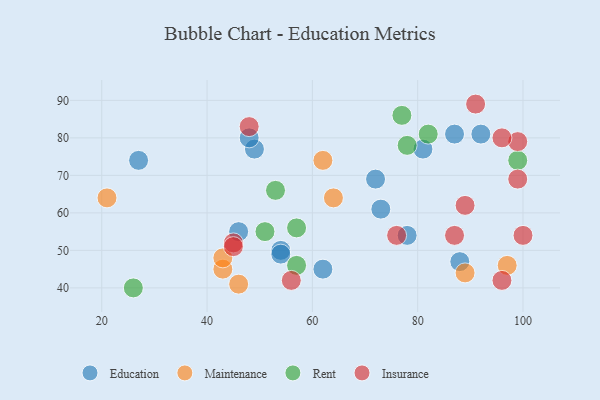
{"axis": {"x": "GDP", "y": "Life Expectancy"}, "legend": ["Education", "Insurance", "Maintenance", "Rent"], "data": [{"x": "72", "y": 69, "type": "Education"}, {"x": "88", "y": 47, "type": "Education"}, {"x": "54", "y": 50, "type": "Education"}, {"x": "27", "y": 74, "type": "Education"}, {"x": "62", "y": 45, "type": "Education"}, {"x": "78", "y": 54, "type": "Education"}, {"x": "87", "y": 81, "type": "Education"}, {"x": "73", "y": 61, "type": "Education"}, {"x": "92", "y": 81, "type": "Education"}, {"x": "49", "y": 77, "type": "Education"}, {"x": "48", "y": 80, "type": "Education"}, {"x": "81", "y": 77, "type": "Education"}, {"x": "46", "y": 55, "type": "Education"}, {"x": "54", "y": 49, "type": "Education"}, {"x": "62", "y": 74, "type": "Maintenance"}, {"x": "64", "y": 64, "type": "Maintenance"}, {"x": "43", "y": 45, "type": "Maintenance"}, {"x": "97", "y": 46, "type": "Maintenance"}, {"x": "43", "y": 48, "type": "Maintenance"}, {"x": "89", "y": 44, "type": "Maintenance"}, {"x": "21", "y": 64, "type": "Maintenance"}, {"x": "46", "y": 41, "type": "Maintenance"}, {"x": "78", "y": 78, "type": "Rent"}, {"x": "53", "y": 66, "type": "Rent"}, {"x": "26", "y": 40, "type": "Rent"}, {"x": "82", "y": 81, "type": "Rent"}, {"x": "51", "y": 55, "type": "Rent"}, {"x": "99", "y": 74, "type": "Rent"}, {"x": "57", "y": 46, "type": "Rent"}, {"x": "57", "y": 56, "type": "Rent"}, {"x": "77", "y": 86, "type": "Rent"}, {"x": "45", "y": 52, "type": "Insurance"}, {"x": "96", "y": 42, "type": "Insurance"}, {"x": "48", "y": 83, "type": "Insurance"}, {"x": "99", "y": 69, "type": "Insurance"}, {"x": "99", "y": 79, "type": "Insurance"}, {"x": "56", "y": 42, "type": "Insurance"}, {"x": "91", "y": 89, "type": "Insurance"}, {"x": "96", "y": 80, "type": "Insurance"}, {"x": "89", "y": 62, "type": "Insurance"}, {"x": "76", "y": 54, "type": "Insurance"}, {"x": "45", "y": 51, "type": "Insurance"}, {"x": "100", "y": 54, "type": "Insurance"}, {"x": "87", "y": 54, "type": "Insurance"}]}